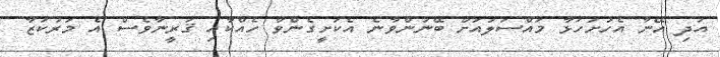
އަދި އޭނާ އެހުށަހަޅާ މައްސަލައަށް ބޭނުންވާނެ އެކަށީގެންވާ ހެއްކާއި ޤަރީނާވެސް އެ މަރުކަޒާ